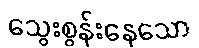
သွေးစွန်းနေသော